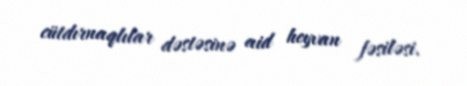
cütdırnaqlılar dəstəsinə aid heyvan fəsiləsi.